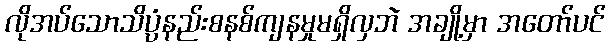
လိုအပ်သောသိပ္ပံနည်းစနစ်ကျနမှုမရှိလှဘဲ အချို့မှာ အတော်ပင်